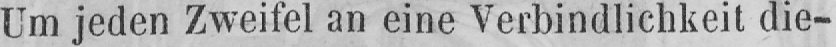
Um jeden Zweifel an eine Verbindlichkeit die-